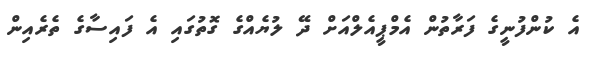
އެ ކުންފުނީގެ ފަރާތުން އެމްޕީއެލްއަށް ދޭ ލުޔެއްގެ ގޮތުގައި އެ ފައިސާގެ ތެރެއިން